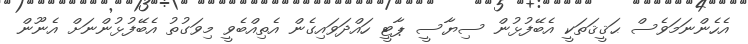
އެހެންނަމަވެސް ޙަޤީޤަތަކީ އެބޭފުޅުން ސިޔާސީ ޕާޓީ ހައްދަވައިގެން އެތިއްބެވީ މިވަގުތު އެބޭފުޅުންނަށް އެނޫން